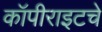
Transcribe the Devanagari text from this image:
कॉपीराइटचे